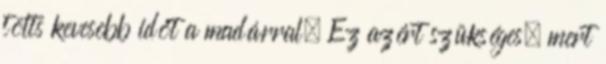
tölts kevesebb időt a madárral. Ez azért szükséges, mert